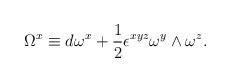
LaTeX: \begin{align*}\Omega^x \equiv d\omega^x +{1\over 2}\epsilon^{xyz}\omega^y\wedge\omega^z.\end{align*}